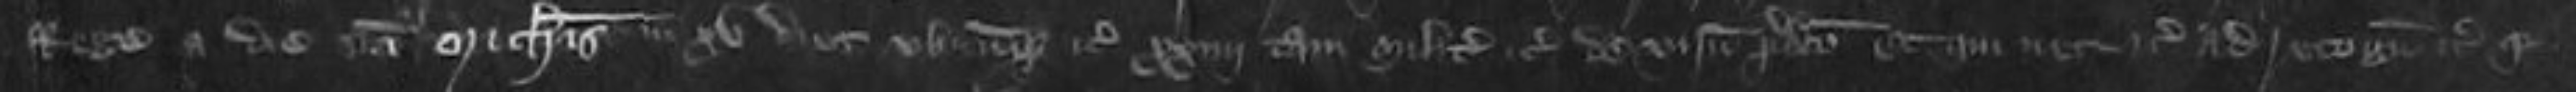
Rege a die Sancti Michaelis in xv dies ubicumque etc xxiiii tam milites etc de visneto predicto et qui nec etc ad recognoscendum etc qui